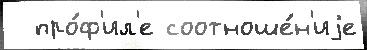
  про́ф'ил'е соотноше́н'иjе